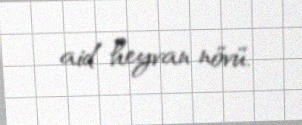
aid heyvan növü.